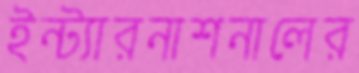
ইন্ট্যারনাশনালের